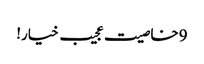
9خاصیت عجیب خیار!